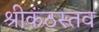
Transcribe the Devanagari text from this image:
श्रीकंठस्तव